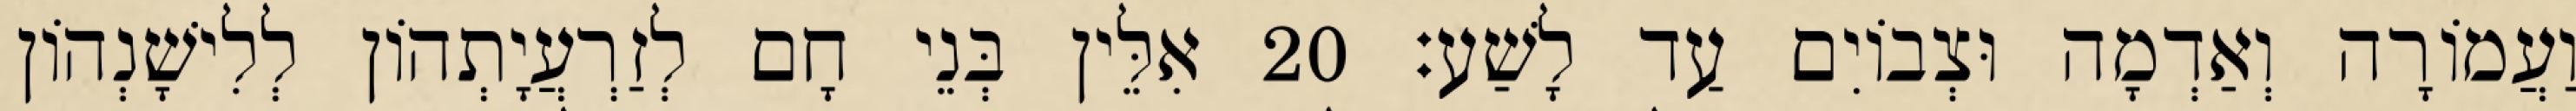
וַעֲמוֹרָה וְאַדְמָה וּצְבוֹיִם עַד לָשַׁע׃ 20 אִלֵּין בְּנֵי חָם לְזַרְעֲיָתְהוֹן לְלִישָׁנְהוֹן